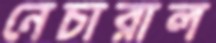
নেচারাল